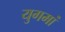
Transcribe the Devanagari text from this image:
युगमां